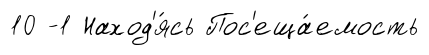
10 -1 Наход'я́сь Пос'еща́емость